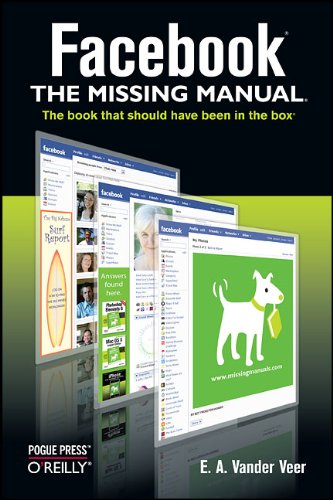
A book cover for Facebook: The Missing Manual; E. A. Vander Veer; Computers & Technology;